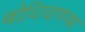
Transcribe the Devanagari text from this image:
बोधिचाणक्य